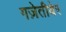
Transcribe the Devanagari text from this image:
गज़ेतीयेर